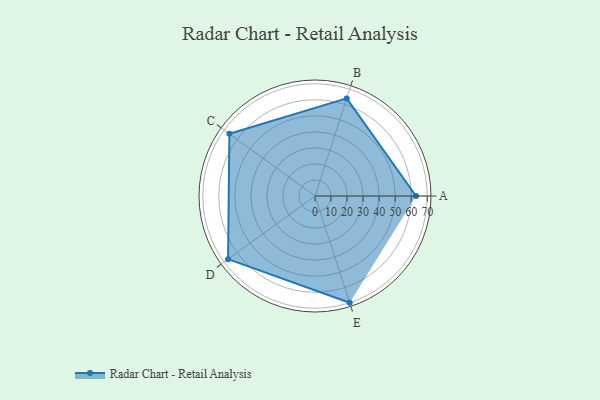
{"axis": {"x": "Skill", "y": "Score"}, "legend": ["Profile"], "data": [{"x": "A", "y": 63.0, "type": "Profile"}, {"x": "B", "y": 64.0, "type": "Profile"}, {"x": "C", "y": 66.0, "type": "Profile"}, {"x": "D", "y": 67.0, "type": "Profile"}, {"x": "E", "y": 70.0, "type": "Profile"}]}